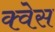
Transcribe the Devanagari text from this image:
क्वेस